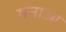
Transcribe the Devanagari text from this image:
मनाआ